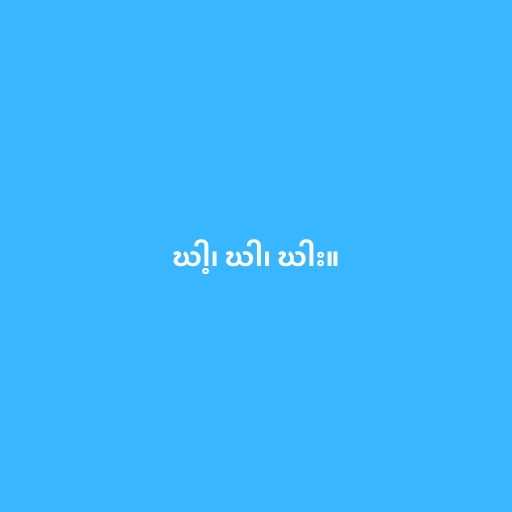
ဃါ့၊ ဃါ၊ ဃါး။